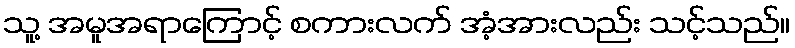
သူ့ အမူအရာကြောင့် စကားလက် အံ့အားလည်း သင့်သည်။